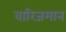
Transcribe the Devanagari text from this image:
वारिजमान